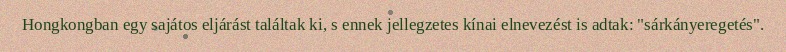
Hongkongban egy sajátos eljárást találtak ki, s ennek jellegzetes kínai elnevezést is adtak: "sárkányeregetés".